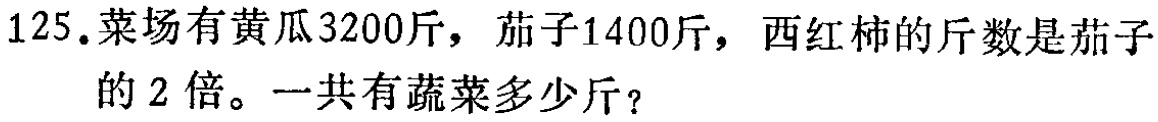
125.菜场有黄瓜3200斤，茄子1400斤，西红柿的斤数是茄子的2倍。一共有蔬菜多少斤？